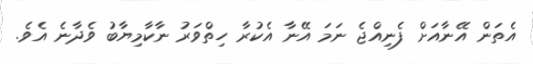
އެތަން އޭނާއަށް ފެނިއްޖެ ނަމަ އޭނާ އެކުރާ ހިތްވަރު ނާކާމިޔާބު ވެދާނެ އެވެ.